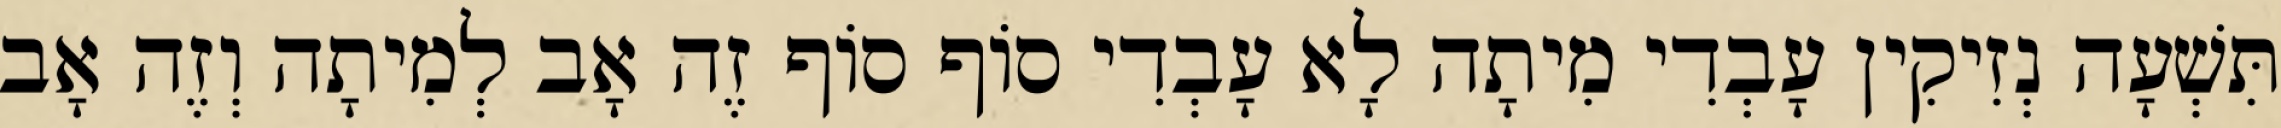
תִּשְׁעָה נְזִיקִין עָבְדִי מִיתָה לָא עָבְדִי סוֹף סוֹף זֶה אָב לְמִיתָה וְזֶה אָב